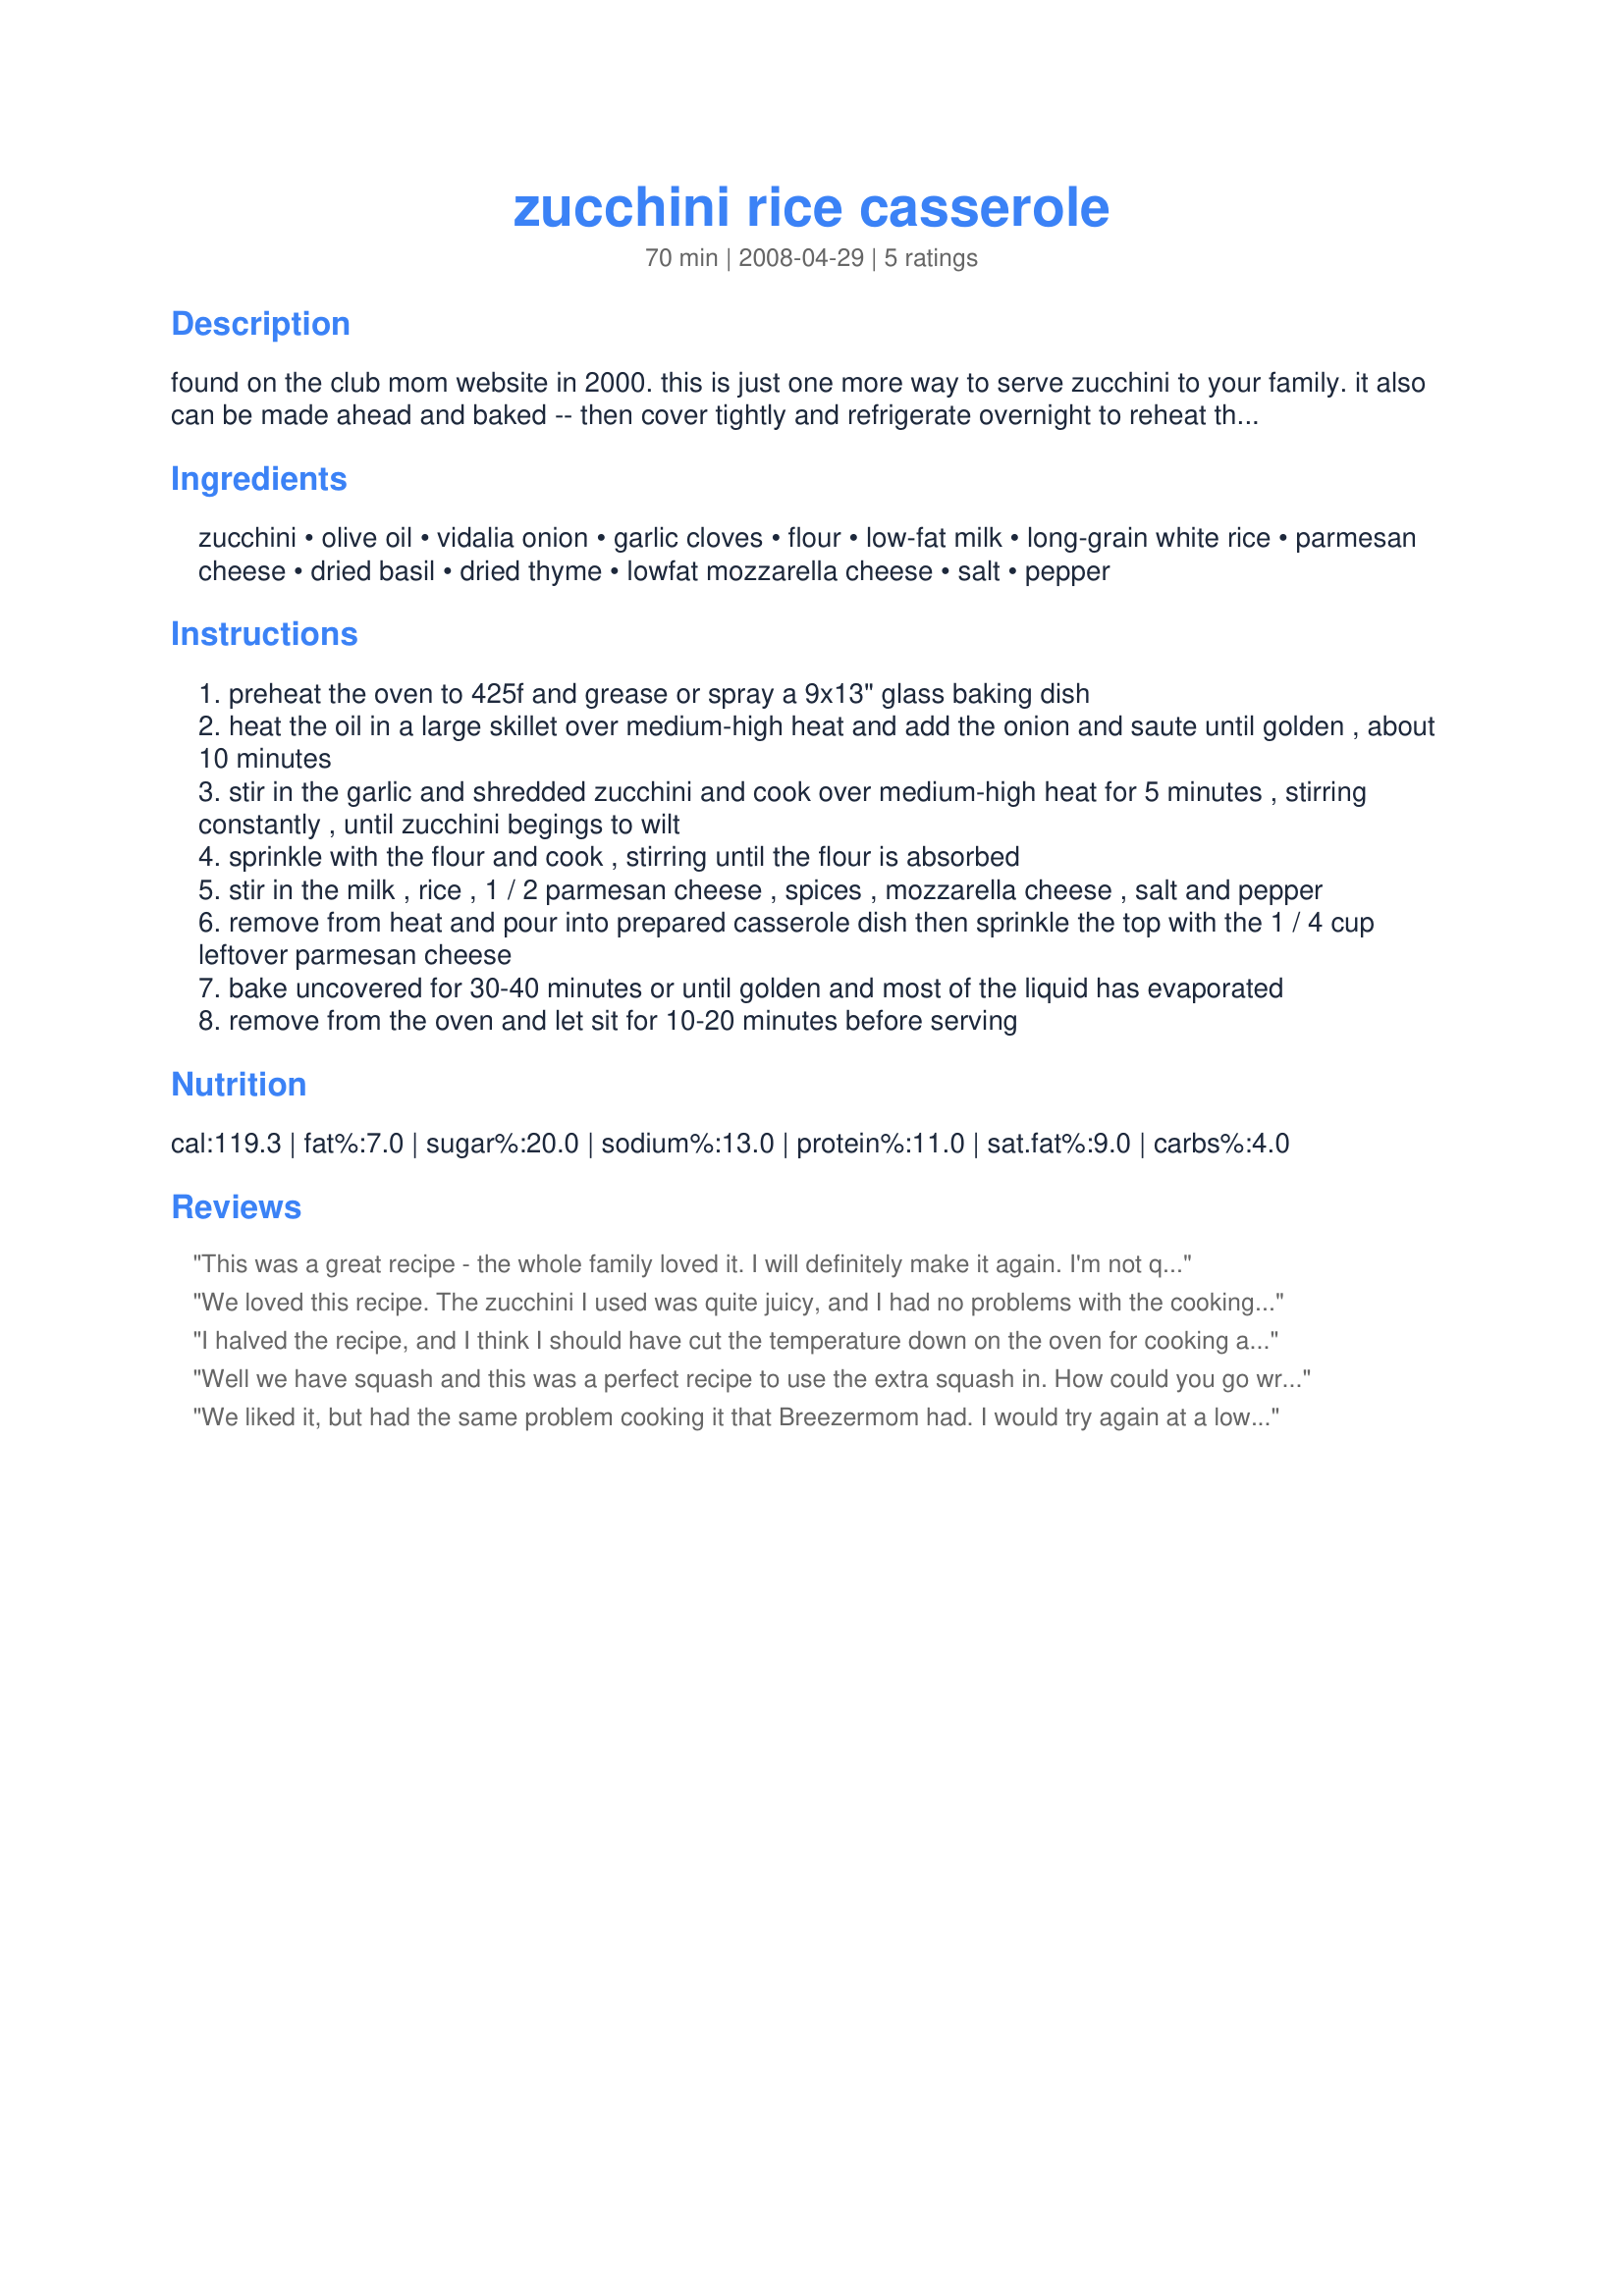
zucchini rice casserole
Preparation time: 70 minutes

found on the club mom website in 2000. this is just one more way to serve zucchini to your family. it also can be made ahead and baked -- then cover tightly and refrigerate overnight to reheat the next day (375f for 20 minutes). this makes 12 servings so feel to cut in half to fit your needs.

Ingredients:
zucchini, olive oil, vidalia onion, garlic cloves, flour, low-fat milk, long-grain white rice, parmesan cheese, dried basil, dried thyme, lowfat mozzarella cheese, salt, pepper

Steps:
preheat the oven to 425f and grease or spray a 9x13" glass baking dish
heat the oil in a large skillet over medium-high heat and add the onion and saute until golden , about 10 minutes
stir in the garlic and shredded zucchini and cook over medium-high heat for 5 minutes , stirring constantly , until zucchini begings to wilt
sprinkle with the flour and cook , stirring until the flour is absorbed
stir in the milk , rice , 1 / 2 parmesan cheese , spices , mozzarella cheese , salt and pepper
remove from heat and pour into prepared casserole dish then sprinkle the top with the 1 / 4 cup leftover parmesan cheese
bake uncovered for 30-40 minutes or until golden and most of the liquid has evaporated
remove from the oven and let sit for 10-20 minutes before serving

Reviews:
This was a great recipe - the whole family loved it. I will definitely make it again. I'm not quite sure if I used the right amount of zucchini. I had a large one and so I shredded about 2/3 of it and it seemed like enough! THANKS
We loved this recipe. The zucchini I used was quite juicy, and I had no problems with the cooking time. I found it to be flavourful and a delicious side that my whole family loved. Made for ZWT 8 France :)
I halved the recipe, and I think I should have cut the temperature down on the oven for cooking as well. Mine was really brown and burnt around the edges in under 15 minutes, but the rice was still crispy. I expected to love this...I love zucchini, onions, garlic, cheese...but for some reason, this just tasted off to me. Maybe it was because I halved the recipe. Sorry for the less than positive review....especially when it may be because I halved the recipe. Made for Zaar 123 Hit Wonders Tag.
Well we have squash and this was a perfect recipe to use the extra squash in. How could you go wrong with this? I followed this exactly except for two changes. I had a yellow squash and I used a "yellow long grain rice" instead of just long grain because that's what I had. Turned out beautifully, even if I halved the recipe. I added fresh cilantro to the topping. Just perfect, and will use a lot for this summer & winter season. The mozzarella cheese to the top was just delicious! Thanks, HokiesLady! Made for *SSC Pet Parade* July 2008.
We liked it, but had the same problem cooking it that Breezermom had. I would try again at a lower temp. for a longer period. Thanks HokiesLady
